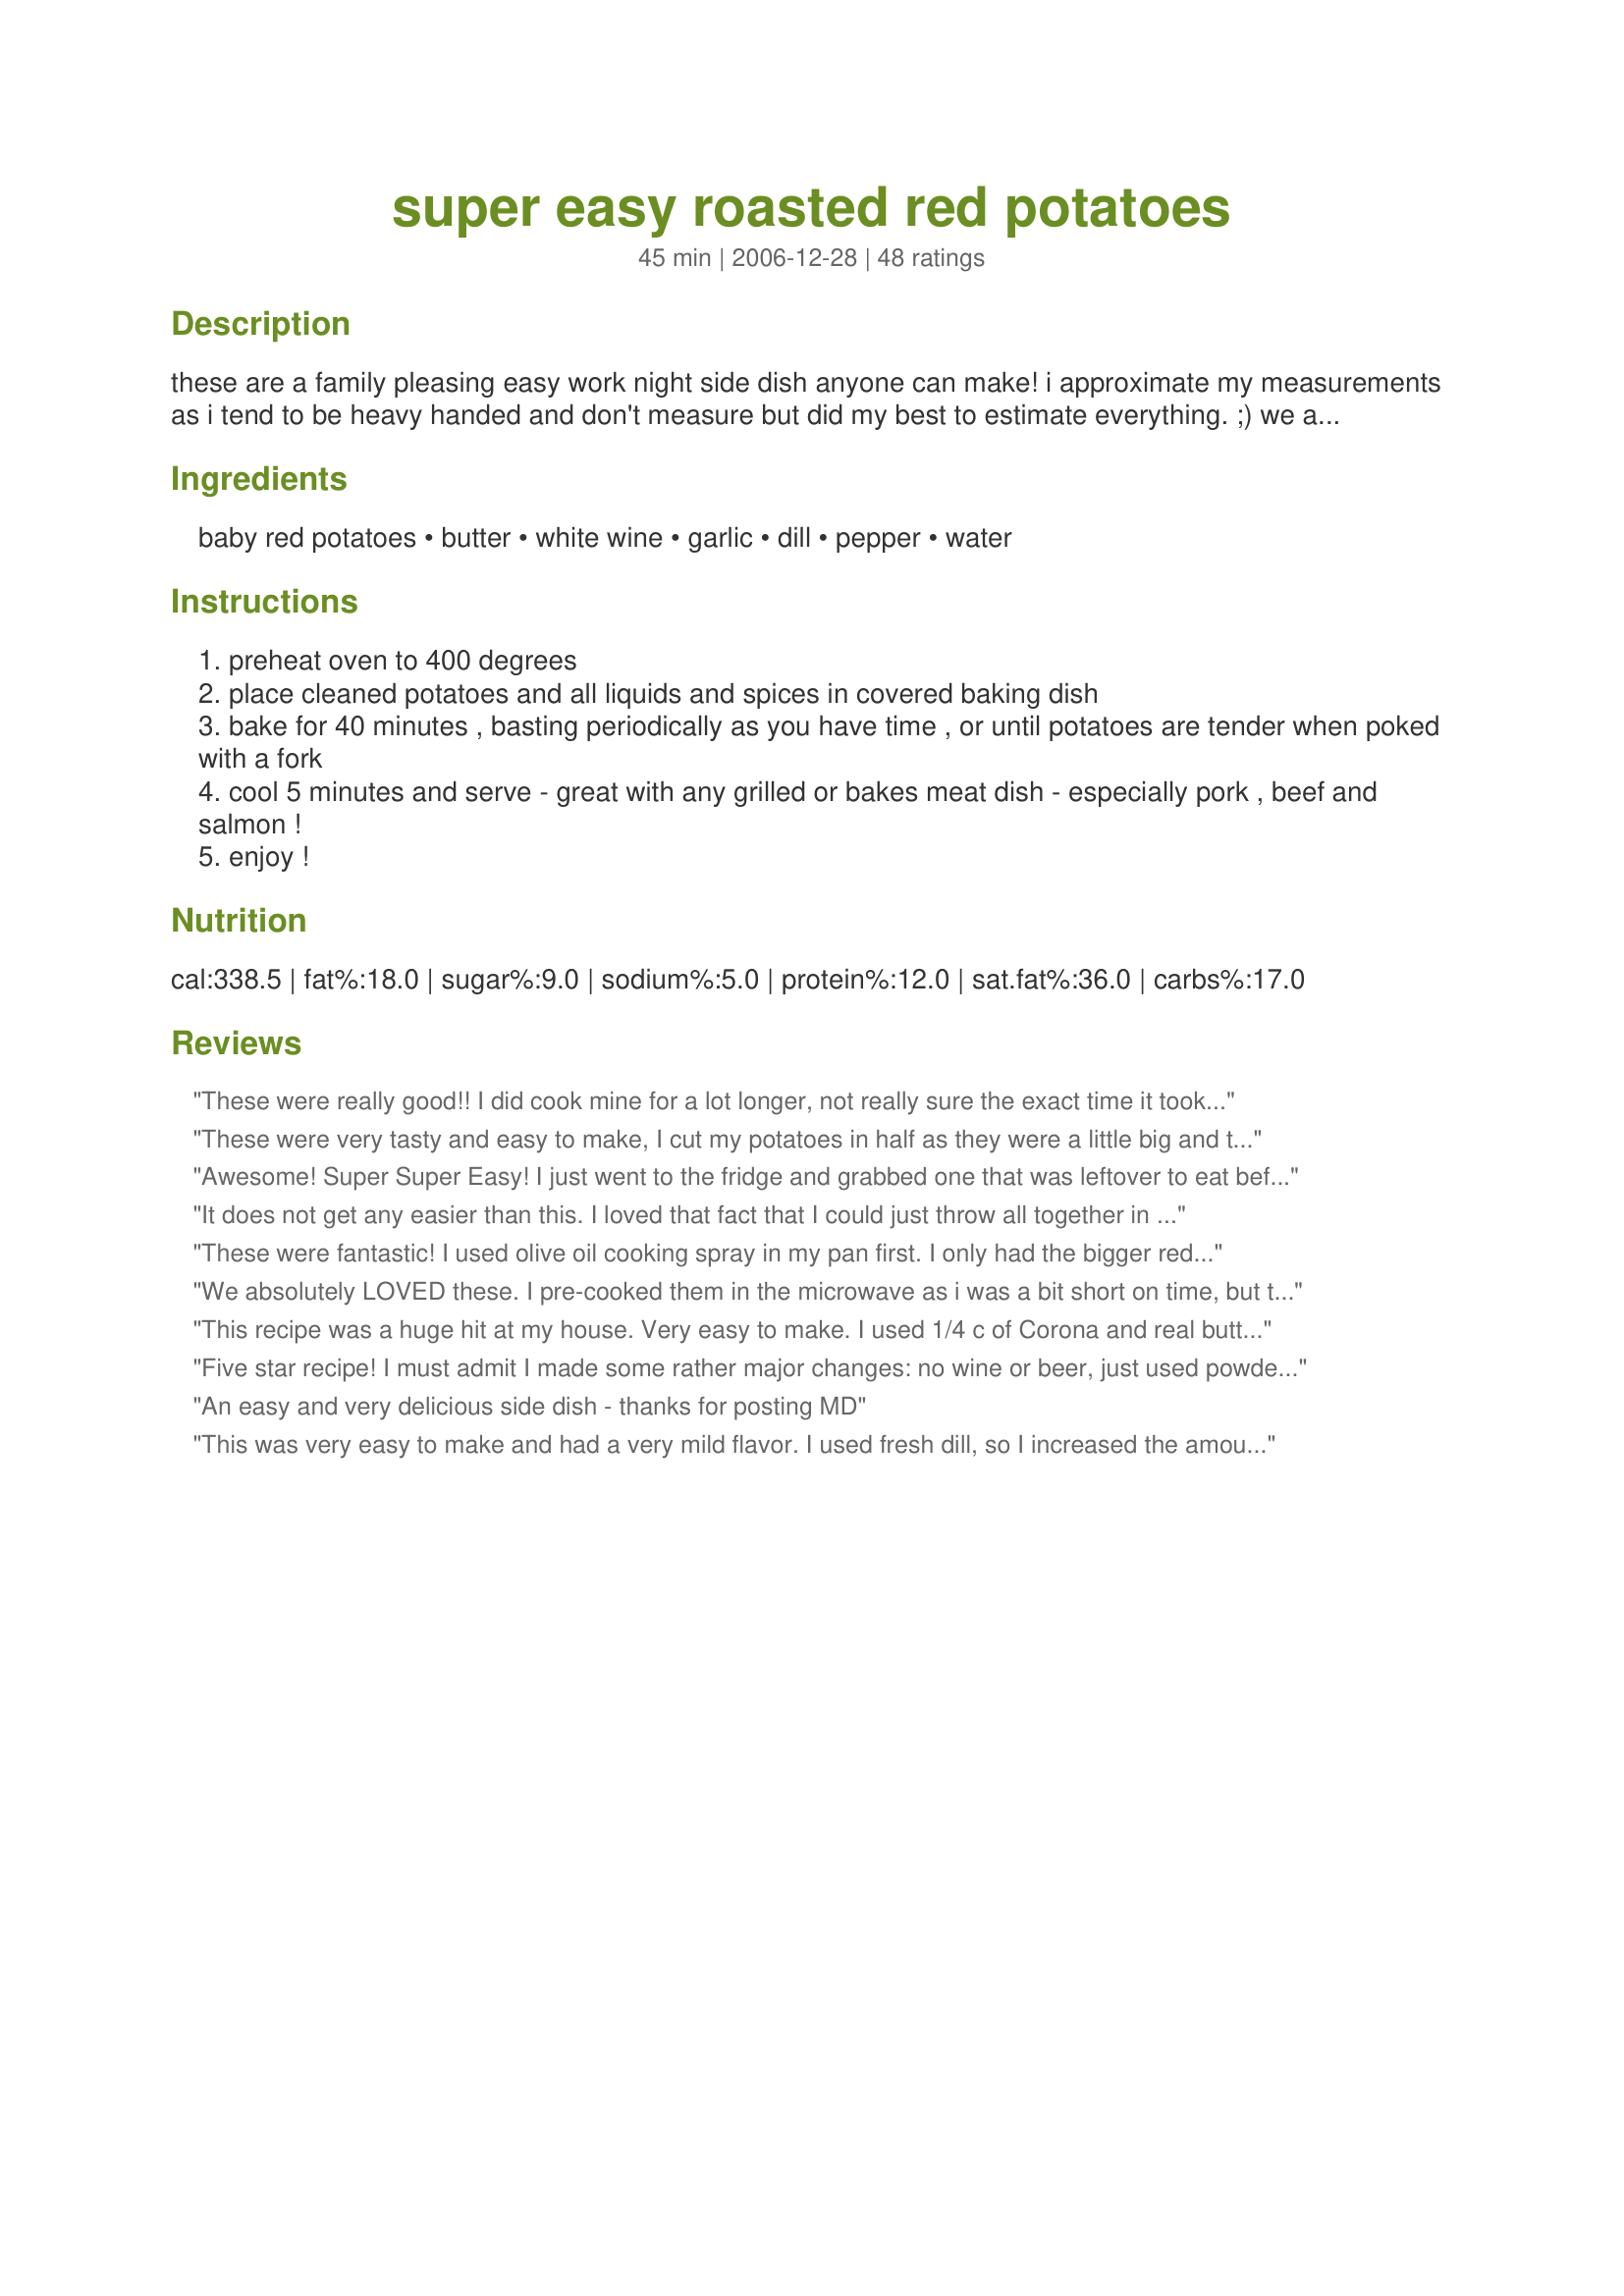
super easy roasted red potatoes
Preparation time: 45 minutes

these are a family pleasing easy work night side dish anyone can make! i approximate my measurements as i tend to be heavy handed and don't measure but did my best to estimate everything. ;) we also like potatoes a lot and leftovers. ;) ***it came to my attention that i failed to mention a step - basting is always a good idea as you have time. ;)

Ingredients:
baby red potatoes, butter, white wine, garlic, dill, pepper, water

Steps:
preheat oven to 400 degrees
place cleaned potatoes and all liquids and spices in covered baking dish
bake for 40 minutes , basting periodically as you have time , or until potatoes are tender when poked with a fork
cool 5 minutes and serve - great with any grilled or bakes meat dish - especially pork , beef and salmon !
enjoy !

Reviews:
These were really good!! I did cook mine for a lot longer, not really sure the exact time it took. Made exactly as stated and DH said these were the best he ever had. Thanks!!
These were very tasty and easy to make, I cut my potatoes in half as they were a little big and they still took about an hour to bake. But worth the wait, also have leftovers with we will have tomorrow. Made for ZWT4
Awesome! Super Super Easy! I just went to the fridge and grabbed one that was leftover to eat before I started typing. Unlike cookiedog's experience ours were very flavorful. I used a Riesling and I just love the hint of sweetness that it added to the finished dish. It really pairs well with the butter and dill. I turned the potatoes frequently in the juice (ever time I checked on the chicken) so they may have absorbed more flavor. I also had to cook them at 350 since they were in with a chicken. Thank you Mommy Diva for a Divalicious recipe!!!
It does not get any easier than this. I loved that fact that I could just throw all together in one pan and forget about it. For a change I chose to try Beer in ours. So glad I did. Went over like a bang~ Everybody raved about this recipe.
These were fantastic! I used olive oil cooking spray in my pan first. I only had the bigger red potatoes so I cut them into chunks. I had to cook them for about an hour, raise the temp slightly and take the cover off 1/2 way through, but what results! Everyone loved them! I will make these ultra yummy spuds again soon! Thanks for the recipe!
We absolutely LOVED these. I pre-cooked them in the microwave as i was a bit short on time, but they turned out great. I used white wine, which DD normally doesn't want, but she wolfed them down. This is a keeper for us, thank you!
Made for the Tastebud Tickling Travellers, ZWT4
This recipe was a huge hit at my house. Very easy to make. I used 1/4 c of Corona and real butter. I microwaved everything for 5 minutes and gave it a quick stir before putting it in the oven. I only basted once. They turned out awesome. Thanks MommyDiva for the recipe!
Five star recipe! I must admit I made some rather major changes: no wine or beer, just used powdered garlic, dill, and a shake of salt. I made these for guests and they raved about them. Perfect for the small red potatoes from the nearby farm stand.
An easy and very delicious side dish - thanks for posting MD
This was very easy to make and had a very mild flavor. I used fresh dill, so I increased the amount significantly. They practically made themselves as the oven did all the work, but I think next time I might baste them with the Liquid. Thanks for sharing your recipe mommy Diva!
Was ok, but didn&#039;t overly impress me. Something different to put on the menu every now and then.
These potatoes are so yummy - I have the second batch that I've made in a week in the oven as I write this review! The first time I follwed the recipe but forgot to add the garlic. I made sure that I added it this time and they smell fantastic - thanks for the great recipe.
*Reviewed for Zaar World Tour 3* Loved the potatoes. We had them with "Recipe#152058" It was a great dinner accompanied by a nice white wine. The potatoes did take longer to cook, though I suspect that may have been due to their size. The taters stayed lovely and tender. The dill flavour was very mild and didn't overpower the potatoes. Photo also being posted
I really liked these quite a bit. The rest of the family was not a huge fan of the juice, they used the juice from the meat I made. I didn't have dill, but wish that I did, because I love dill and I think it would have been the extra touch it needed!! I loved these and will make again for myself! Thanks so much!
A very tasty potato recipe--a nice subtle flavor pops through. Some other reviewers omitted the dill because they don't like its taste, but it is not pronounced at all. The ingredients meld together, and the garlic is most predominant, and even that is not overpowering. Thanks, Mommy Diva.
Hubby and I had these for dinner tonight. I'm not sure if we're not a big fan of dill, but they were not our favorite. They certainly were not bad, so I think it's just our taste buds! Also, the recipe said to cook in a covered dish but this made the potatoes a bit mushy and we prefer to cook them uncovered to get nice and crisp. Leaving a no star review because I don't believe that there was anything wrong with the dish, just not for us. Made for ZWT6 Zee Zany Zesty Cookzzzzzzz.
These were good but I didn't notice a huge difference in the recipe I use normally... just not quite enough extra flavor. I am going to try again though because they were still very good!
Very tasty and easy recipe! Flavorful but mild enough to suit a variety of tastes. Thank you.
Great on the grill! I chunked the potatoes, dumped all in a square aluminum disposable pan and set on the grill uncovered, then moved it to a higher rack when soft. The potatoes crisped nicely, and the flavor was very good. Used wine, did not use the dill, will next time. So little work with such good results. . . . Janet
I halved the potatoes. And I baked an extra 20-30 minutes to have them a little bit crispy. The taste is really good. Thanks Chelle :) Made for the Zwizzle Chicks of ZWT
Great roasted potatoes - and I consider myself a connoisseur of roasted potatoes! lol<br/>I didn't have and white wine or beer in the house and figured that red wine would not make for an attractive end result. I ran next door and cadged a bottle of beer. I was skeptical about using it as I really don't like beer at all but the results were wonderful. My potatoes were a little gnarly looking so I peeled and quartered them and also removed the lid for the last 20 minutes. I love the crunchy bits. Thanks for posting 'Chelle. Made for the Bistro Babes - ZWT 8
Very nice side to a German dinner. I used an amber bock beer & the full amounts of spices. Served with Recipe #170477 for ZWT6.
I really enjoyed these. I cooked as posted, except I removed the cover during the last 30 minutes so mine would crisp up a bit. Enjoyed these with Recipe #423432. Thanks for sharing!
Buttery, garlicky & wine flavoured, how can you go wrong. I diced my potatoes as they were a little on the large size but this was really tasty even hubby commented. Thanks MD!
I made these as a side dish for a roasted chicken and they are very flavorful!!! I used white wine and followed the directions as written. Next time I might decrease the garlic as it is very powerful and I liked it but the kids felt it was too strong. Thanks Mommy Diva, made for ZWT4.
This is very good and easy. I followed the instructions using beer, but substituted 1/2 olive oil for 1/2 the butter as another reviewer mentioned. Will make this again.
I did write a great review for these potatoes and took a picture.I wanted you to know we really enjoyed them.I made these for WT4
Super great red potatoes! I quartered mine and used olive oil. Also added a fair amount of parsley flakes-I love the contrast of green on red.
Subbed olive oil for the butter - tasted great. The sauce thickens to a nice glaze by time the potatoes are cooked. Very good. Thanks for sharing!
Oh my! These are amazing. Loved the wine in here! We are not huge dill fans but it was so wonderul in this dish! Thanks so very very much Mommy Diva! Definitely a keeper!
Made as written although took some of the reviewers' suggestions: substituted olive oil for butter, added some dried parsley, a little salt, and left it uncovered for the last 15 minutes of baking. Excellent.
These are delicious potatoes. I made them with white wine and I baked them for about 45 minutes. They came out perfectly. The dill flavor is not overpowering, it is just right. Made for ZWT3 2007.
These potatoes are awesome and so easy to make. I use whatever white wine is in the fridge, and even my bf can make them, which is always a plus. Do note that when changing the serving size, for some reason, the liquids to not adjust.
I never would have put this together, but it really worked! Loved the beer in it. The entire family loved this side dish. Thanks for sharing this great PAC recipe. ~V
Made for ZWT-8 as my selected recipe for the Tour of Great Britain & Ireland Challenge, I took a total departure from other reviewers. My DH's favourite meal is breakfast & he favours the U.S. take on potatoes w/breakfast (hashbrowns, fried, hash-style, omelettes w/potatoes, etc). I hate always frying his breakfast potatoes & thot oven-roasted might be the way to go. The words "super easy" cinched the deal for me. I wanted the potatoes to be more bite-sized & quartered them in chunks. I used the beer option, mounded your potatoes in the center of his plate, topped them w/an over-easy egg & surrounded them w/a bit of bacon & some fruit. He was busy eating, but managed to say "These potatoes are great & I think the Tour may be my favourite time of yr." Thx for sharing this recipe w/us.
Delish comfort food! I used medium potoes that I cut into 1/4`s, used real garlic and white wine. I microwaved for 5 minutes all ingredients except for the water in a cover dish then roasted for 25 minutes. Thank you!
I quartered the potatoes and used half butter, half olive oil instead of all butter. It came out exactly what I was picturing, and went beautifully with my Easter lamb dinner.
Absolutely loved this recipe. First time my husband commented how good a meal was without me asking. Didn't add the dill since I didn't have any, but still great. Served it with the Honey Ginger Salmon.
Another great potato recipe! I used russets as that is what I had on hand otherwise made as posted. Like getting most of my meal in the oven and this worked great plus gave me a good excuse to enjoy a glass of wine before dinner. Served with recipe#428515, recipe#155366, and recipe#429987. Thanks for posting ~Mommy Diva. Made for Unrulies Under the Influence during ZWT6 tour of Great Britain.
SO YUMMY! I used apple juice instead of white wine (didn't have any). Everything else stayed the same. Fantastic, easy dish that everyone loved. Thank you so much!
These are excellent! I'm so glad you posted this recipe. We will definately make them again.
I made these with 3 cloves of fresh garlic and beer. I also omitted the dill. The potatoes were delicious.
Simple and delish! I used fresh dill and increased the amount a little. Very nice side dish. Thanks Mommy.
Loved this simple recipe that went so well with our lamb rack tonight. I also used dried dill, real garlic, butter and white wine. Fabulous, thank you.
I thought the liquid might make the potatoes stew, but they were perfect. The basting does make a difference. I used butter, white wine and dried dill. Thoroughly enjoyed for Zaar World Tour.
These potatoes were perfect. I like how they stayed soft and didn&#039;t get a hard exterior like the usual roasted potatoes that are left uncovered while they cook. I really like the addition of the dill. these were simple and delicious and something I will add to my recipe repertoire. thanks for sharing.
These were completely wonderful! So simple yet so packed with flavor. This will fast become a staple to go with fresh baked salmon and steaks hot off the grill! Yummm!!! Potatoes are my biggest weakness..and I've found another winner from ya MD! Thanks again!!
The title says it all! These were Super East to make. I threw mine under the broiler for about 5 minutes to add some browning to them. These were very good and I will make again. Made For ZWT4.
